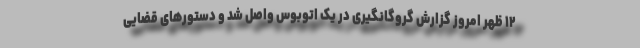
۱۲ ظهر امروز گزارش گروگانگیری در یک اتوبوس واصل شد و دستورهای قضایی